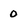
Character: 0